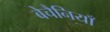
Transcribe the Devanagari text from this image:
बेचैनियाँ